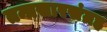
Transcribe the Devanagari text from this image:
तन्त्रसारसंग्रह